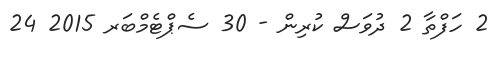
2 ހަފްތާ 2 ދުވަސް ކުރިން - 30 ސެޕްޓެމްބަރ 2015 24